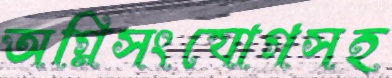
অগ্নিসংযোগসহ